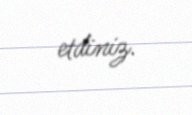
etdiniz.